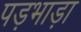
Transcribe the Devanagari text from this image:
पड़भाड़ा